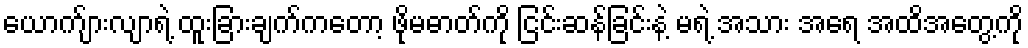
ယောက်ျားလျာရဲ့ ထူးခြားချက်ကတော့ ဖိုမဓာတ်ကို ငြင်းဆန်ခြင်းနဲ့ မရဲ့ အသား အရေ အထိအတွေ့ကို